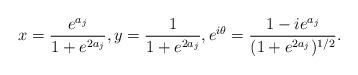
LaTeX: \begin{align*} x=\frac{e^{a_j}}{1+e^{2a_j}},y=\frac1{1+e^{2a_j}},e^{i\theta}=\frac{1-ie^{a_j}}{(1+e^{2a_j})^{1/2}}.\end{align*}